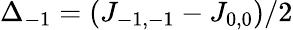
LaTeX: \Delta_{-1}=(J_{-1,-1}-J_{0,0})/2